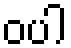
ဝပါ